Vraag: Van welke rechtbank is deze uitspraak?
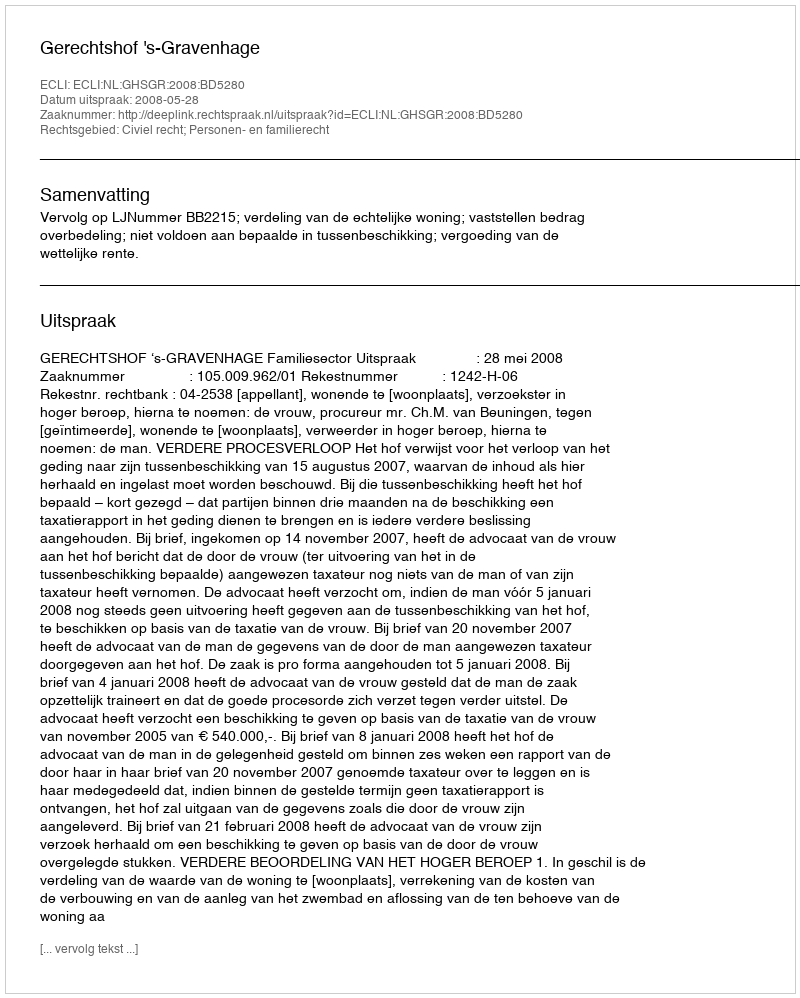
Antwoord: Gerechtshof 's-Gravenhage